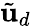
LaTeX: \tilde{\mathbf{u}}_{d}